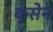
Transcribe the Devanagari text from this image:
कृसेन